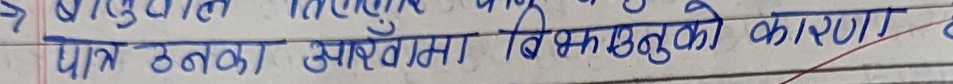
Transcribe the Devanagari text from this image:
पात उनका अवस्थामा विक्षिप्तको कारण